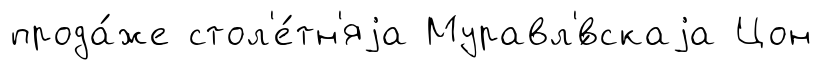
прода́же стол'е́тн'яjа Муравл'́вскаjа Цон